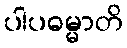
ပါပဓမ္မာတိ